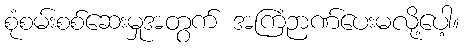
စုံစမ်းစစ်ဆေးမှုအတွက် အကြံဉာဏ်ပေးမလို့ပေါ့။